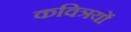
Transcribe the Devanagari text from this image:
कवित्रयों